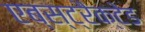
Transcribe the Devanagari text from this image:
एब्स्ट्रैक्टेड